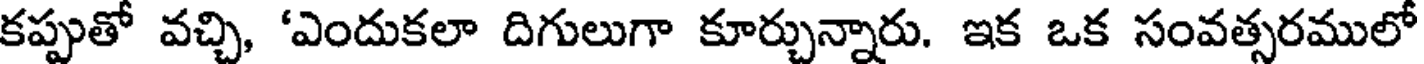
కప్పుతో వచ్చి, 'ఎందుకలా దిగులుగా కూర్చున్నారు. ఇక ఒక సంవత్సరములో